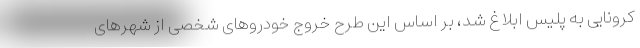
کرونایی به پلیس ابلاغ شد، بر اساس این طرح خروج خودروهای شخصی از شهرهای